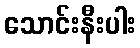
သောင်းနီးပါး